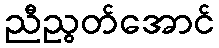
ညီညွတ်အောင်